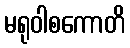
မရုဝါစကောတိ